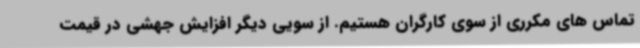
تماس های مکرری از سوی کارگران هستیم. از سویی دیگر افزایش جهشی در قیمت